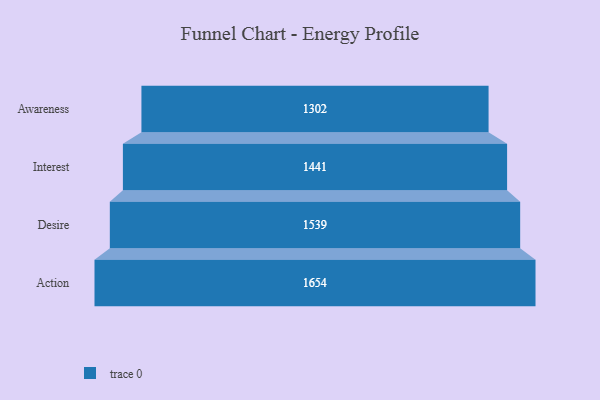
{"axis": {"x": "Stage", "y": "Value"}, "legend": [""], "data": [{"x": "Awareness", "y": 1302.0, "type": ""}, {"x": "Interest", "y": 1441.0, "type": ""}, {"x": "Desire", "y": 1539.0, "type": ""}, {"x": "Action", "y": 1654.0, "type": ""}]}